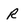
Character: R